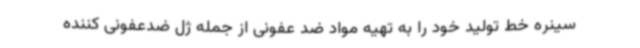
سینره خط تولید خود را به تهیه مواد ضد عفونی از جمله ژل ضدعفونی کننده